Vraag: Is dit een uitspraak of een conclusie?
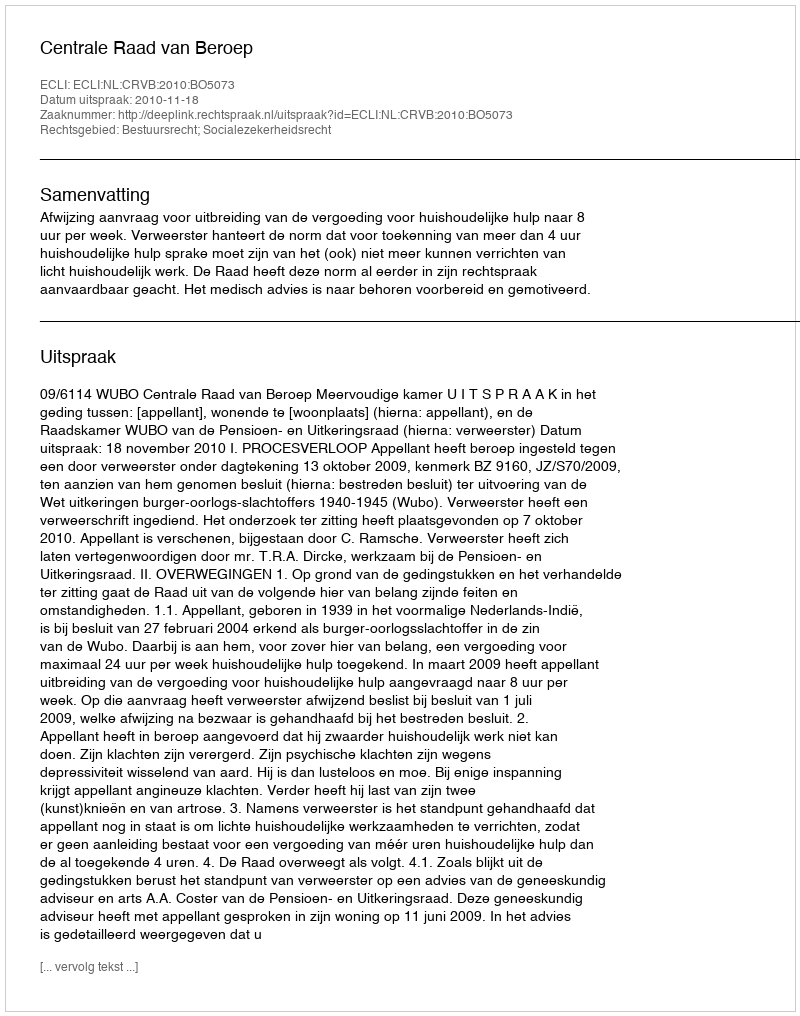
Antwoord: Uitspraak